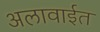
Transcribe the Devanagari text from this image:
अलावाईत